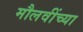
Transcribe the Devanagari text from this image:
मौलवींच्या